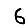
Digit: 6